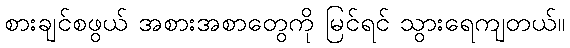
စားချင်စဖွယ် အစားအစာတွေကို မြင်ရင် သွားရေကျတယ်။